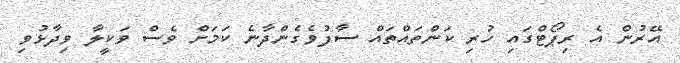
އޭރުން އެ ރިޕޯޓްގައި ހުރި ކަންތައްތައް ސާފުވެގެންދާނެ ކަމަށް ވެސް ވަކީލާ ވިދާޅުވި